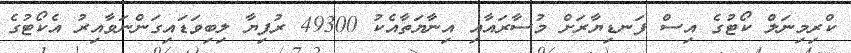
ކްރިމިނަލް ކޯޓުގެ އިސް ފަނޑިޔާރަށް މުސާރައާއި އިނާޔަތާއެކު 49300 ރުފިޔާ ލިބިވަޑައިގަންނަވާއިރު އެކޯޓުގެ